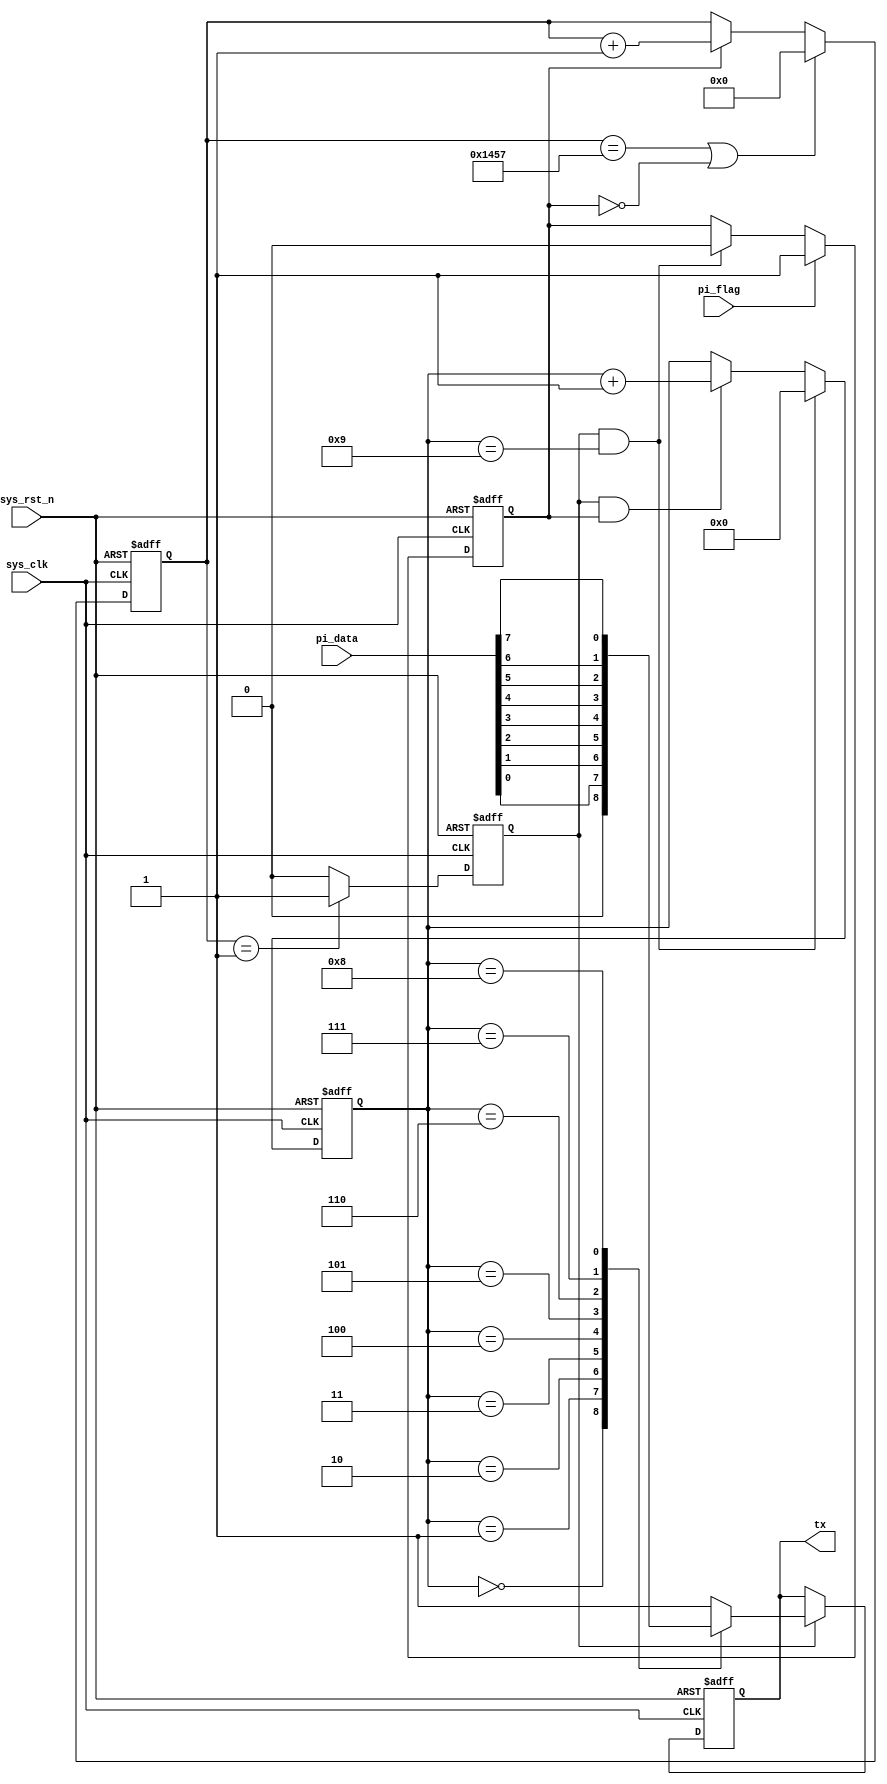
module uart_tx
#(
parameter UART_BPS = 'd9600, //
parameter CLK_FREQ = 'd50_000_000 //
)
(
input wire sys_clk , //50MHz
input wire sys_rst_n , //
input wire [7:0] pi_data , //8bit 
input wire pi_flag , //
output reg tx //1bit 
);
//********************************************************************//
//****************** Parameter and Internal Signal *******************//
//********************************************************************//
//localparam define
localparam BAUD_CNT_MAX = CLK_FREQ/UART_BPS ;
//reg define
reg [12:0] baud_cnt;
reg bit_flag;
reg [3:0] bit_cnt ;
reg work_en ;
//********************************************************************//
//***************************** Main Code ****************************//
//********************************************************************//
//work_en:
always@(posedge sys_clk or negedge sys_rst_n)
if(sys_rst_n == 1'b0)
work_en <= 1'b0;
else if(pi_flag == 1'b1)
work_en <= 1'b1;
else if((bit_flag == 1'b1) && (bit_cnt == 4'd9))
work_en <= 1'b0;
//baud_cnt:0 5207
always@(posedge sys_clk or negedge sys_rst_n)
if(sys_rst_n == 1'b0)
baud_cnt <= 13'b0;
else if((baud_cnt == BAUD_CNT_MAX - 1) || (work_en == 1'b0))
baud_cnt <= 13'b0;
else if(work_en == 1'b1)
baud_cnt <= baud_cnt + 1'b1;
//bit_flag:baud_cnt 1 bit_flag 
always@(posedge sys_clk or negedge sys_rst_n)
if(sys_rst_n == 1'b0)
bit_flag <= 1'b0;
else if(baud_cnt == 13'd1)
bit_flag <= 1'b1;
else
bit_flag <= 1'b0;
//bit_cnt:10 
always@(posedge sys_clk or negedge sys_rst_n)
if(sys_rst_n == 1'b0)
bit_cnt <= 4'b0;
else if((bit_flag == 1'b1) && (bit_cnt == 4'd9))
bit_cnt <= 4'b0;
else if((bit_flag == 1'b1) && (work_en == 1'b1))
bit_cnt <= bit_cnt + 1'b1;
//tx:rs232 01
always@(posedge sys_clk or negedge sys_rst_n)
if(sys_rst_n == 1'b0)
tx <= 1'b1; //
else if(bit_flag == 1'b1)
case(bit_cnt)
0 : tx <= 1'b0;
1 : tx <= pi_data[0];
2 : tx <= pi_data[1];
3 : tx <= pi_data[2];
4 : tx <= pi_data[3];
5 : tx <= pi_data[4];
6 : tx <= pi_data[5];
7 : tx <= pi_data[6];
8 : tx <= pi_data[7];
9 : tx <= 1'b1;
default : tx <= 1'b1;
endcase
endmodule